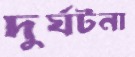
দুর্ঘটনা